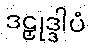
ဒဠှုဒ္ဒါပံ